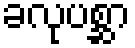
ခလုပစ္ဆာ